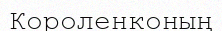
Короленконың